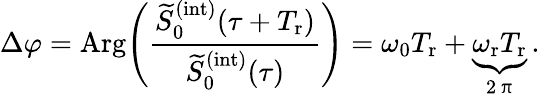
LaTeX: \Delta\varphi=\mathrm{Arg}\Bigg(\frac{\widetilde{S}_{0}^{(\mathrm{int})}(\tau+T_{\mathrm{r}})}{\widetilde{S}_{0}^{(\mathrm{int})}(\tau)}\Bigg)=\omega_{0}T_{\mathrm{r}}+\underbrace{\omega_{\mathrm{r}}T_{\mathrm{r}}}_{\mathrm{~2~\uppi~}}\, .